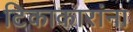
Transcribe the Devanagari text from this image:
टिकाकारांना